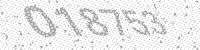
Solution: 018753